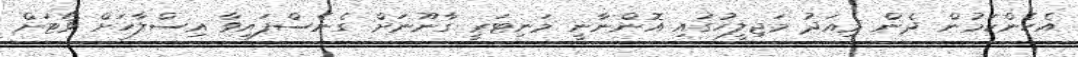
އެހެންކަމުން ދެން މިއަދު މަޖިލީހުގައި އޮންނާނީ މަނިޓަރީ ގާނޫނަށް ގެނެސްފައިވާ އިސްލާހަށް ވޯޓަށް